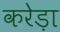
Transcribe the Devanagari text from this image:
करेड़ा